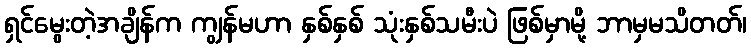
ရှင်မွေးတဲ့အချိန်က ကျွန်မဟာ နှစ်နှစ် သုံးနှစ်သမီးပဲ ဖြစ်မှာမို့ ဘာမှမသိတတ်၊